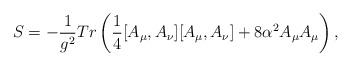
LaTeX: \begin{align*}S=-\frac{1}{g^{2}}Tr\left(\frac{1}{4}[A_{\mu},A_{\nu}][A_{\mu},A_{\nu}]+8\alpha^{2}A_{\mu}A_{\mu}\right),\end{align*}